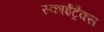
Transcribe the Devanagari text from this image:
स्काईट्रैक्स